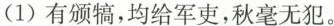
(1)有颁犒，均给军吏，秋毫无犯。